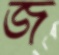
জ